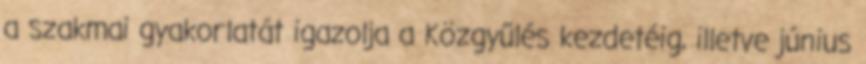
a szakmai gyakorlatát igazolja a Közgyűlés kezdetéig, illetve június